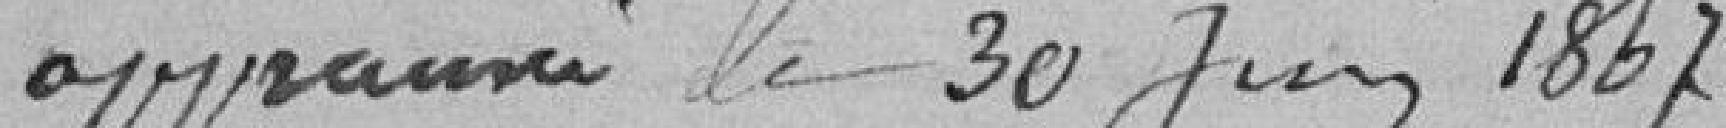
approuvé le 30 juin 1867